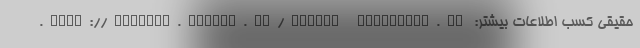
حقیقی کسب اطلاعات بیشتر: http://valiasr.tehran.ir/events @molaghat.ba.